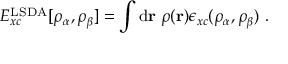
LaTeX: E _ { x c } ^ { \mathrm { L S D A } } [ \rho _ { \alpha } , \rho _ { \beta } ] = \int \mathrm { d } \mathbf { r } \ \rho ( \mathbf { r } ) \epsilon _ { x c } ( \rho _ { \alpha } , \rho _ { \beta } ) \ .